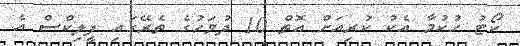
ކޯޓު ހުކުމާ އެކު ކުރިއަށް އޮތް 10 ދުވަހުގެ ތެރޭގައި ފީލިކްސް އެ